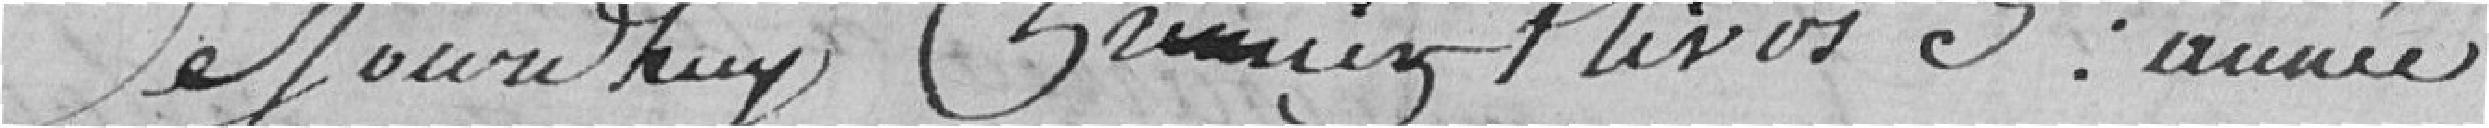
Aujourd'hui, Premier Nivose 3ème année